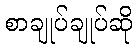
စာချုပ်ချုပ်ဆို